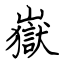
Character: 嶽